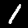
Digit: 1